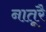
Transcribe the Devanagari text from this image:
नातूरै